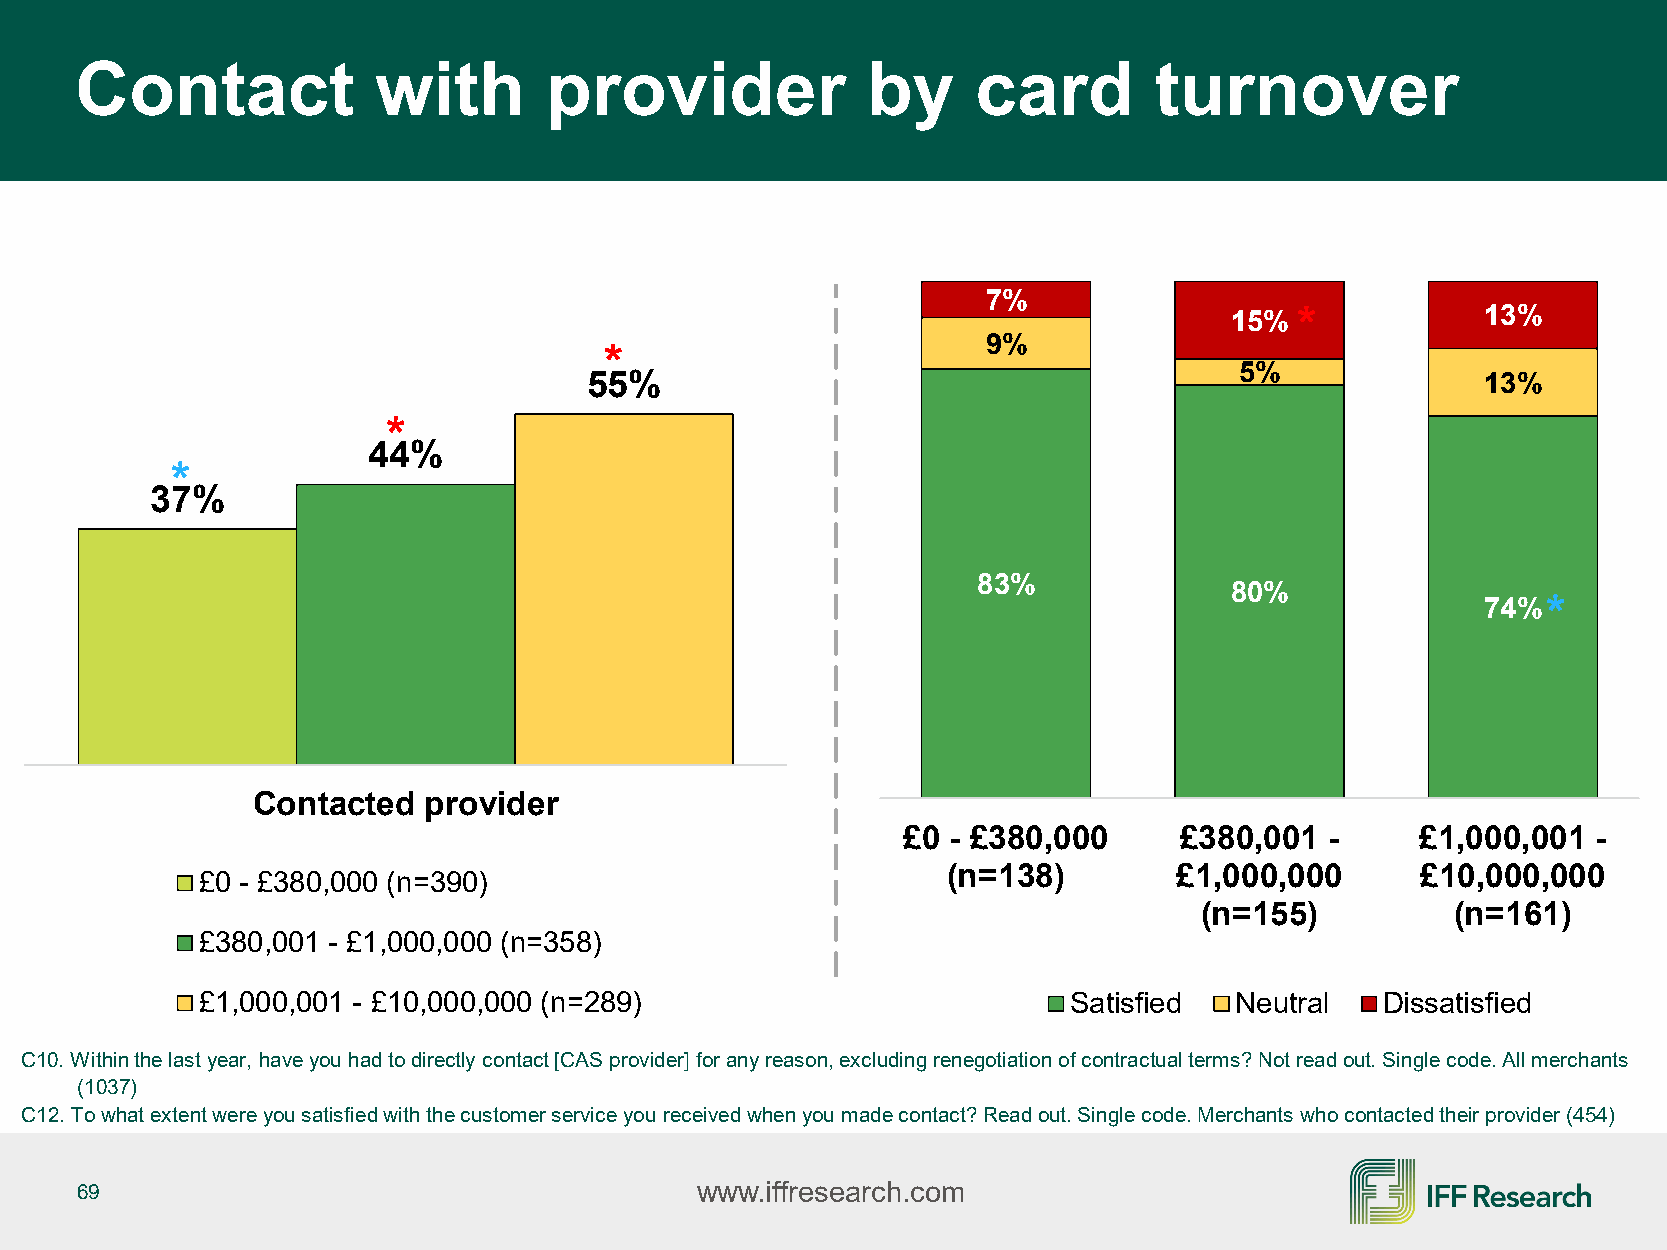
Contact             with       provider             by      card       turnover
 7%
 15%  *           13%
 9%
 *
 5%
 55%                                                        13%
 *
 44%
 *
 37%
 83%
 80%
 74%*
 Contacted  provider
 £0 - £380,000     £380,001  -     £1,000,001  -
 (n=138)        £1,000,000      £10,000,000
 £0 - £380,000 (n=390)
 (n=155)          (n=161)
 £380,001 - £1,000,000 (n=358)
 £1,000,001 - £10,000,000 (n=289)                          Satisfied  Neutral   Dissatisfied
 C10. Within the last year, have you had to directly contact [CAS provider] for any reason, excluding renegotiation of contractual terms? Not read out. Single code. All merchants
 (1037)
 C12. To what extent were you satisfied with the customer service you received when you made contact? Read out. Single code. Merchants who contacted their provider (454)
 69                                       www.iffresearch.com